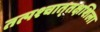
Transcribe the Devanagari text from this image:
तत्पश्‍चात्‌तक्षशिला